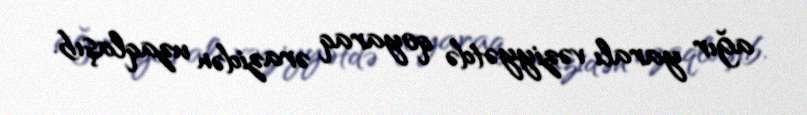
ağır yaralı vəziyyətdə qoyaraq ərazidən uzaqlaşıb.